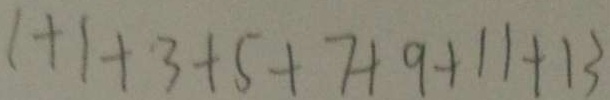
1 + 1 + 3 + 5 + 7 + 9 + 1 1 + 1 3